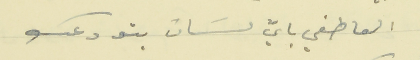
العاطفي بايّ لسَان بتودعك